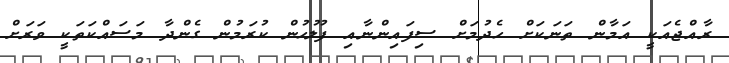
ރާއްޖެއަކީ އަމާން ތަނަކަށް ހެދުމަށް ސިފައިންނާއި ފުލުހުން ކުރަމުން ގެންދާ މަސައްކަތަކީ ވަރަށް